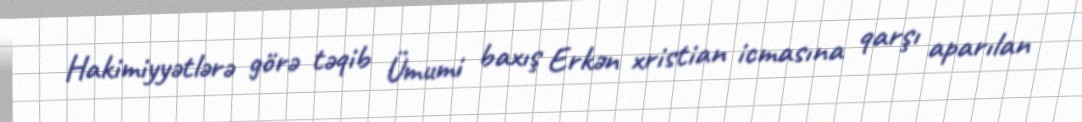
Hakimiyyətlərə görə təqib Ümumi baxış Erkən xristian icmasına qarşı aparılan